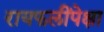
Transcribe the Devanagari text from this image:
रायफलींपेक्षा